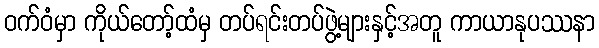
ဝက်ဝံမှာ ကိုယ်တော့်ထံမှ တပ်ရင်းတပ်ဖွဲ့များနှင့်အတူ ကာယာနုပဿနာ